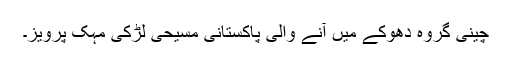
چینی گروہ دھوکے میں آنے والی پاکستانی مسیحی لڑکی مہک پرویز۔